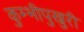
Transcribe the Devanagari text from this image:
कुम्भीपुखुरी